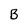
Character: B